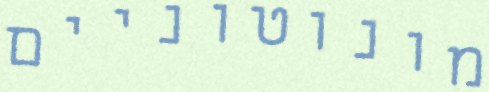
מונוטוניים